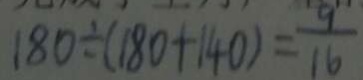
1 8 0 \div ( 1 8 0 + 1 4 0 ) = \frac { 9 } { 1 6 }